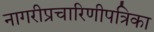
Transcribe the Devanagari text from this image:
नागरीप्रचारिणीपत्रिका